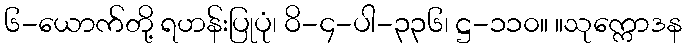
၆-ယောက်တို့ ရဟန်းပြုပုံ၊ ဝိ-၄-ပါ-၃၃၆၊ ဋ္ဌ-၁၁၀။ ။သုက္ကောဒန